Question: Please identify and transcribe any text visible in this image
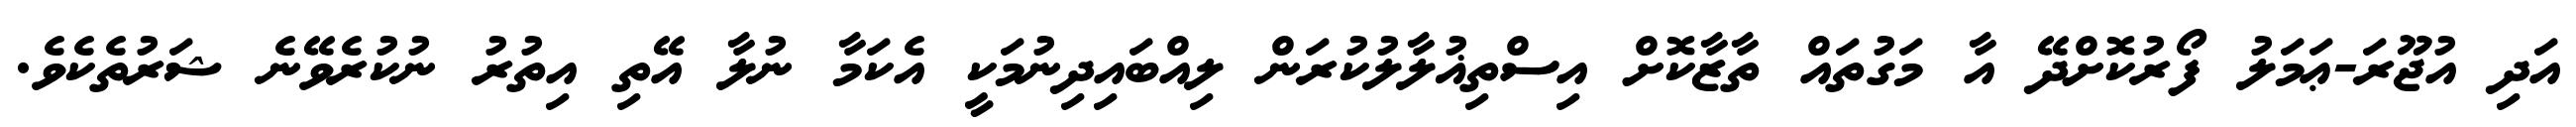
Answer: އަދި އުޖޫރަ-ޢަމަލު ފޯރުކޮށްދޭ އާ މަގުތައް ތާޒާކޮށް އިސްތިޣުލާލުކުރަން ލިއްބައިދިނުމަކީ އެކަމާ ނުލާ އޭތި އިތުރު ނުކުރެވޭނެ ޝަރުތެކެވެ.